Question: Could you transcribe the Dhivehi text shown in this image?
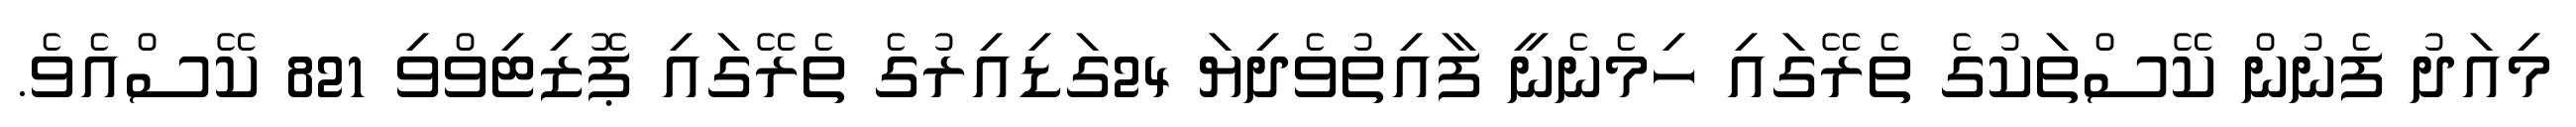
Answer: މިއަދު ފެނުން ކޭސްތަކުގެ ތެރޭގައި ހިމެނެނީ ފާއިތުވެދިޔަ 24ގަޑިއިރުގެ ތެރޭގައި ޕޮޒިޓިވްވި 821 ކޭސްއެވެ.